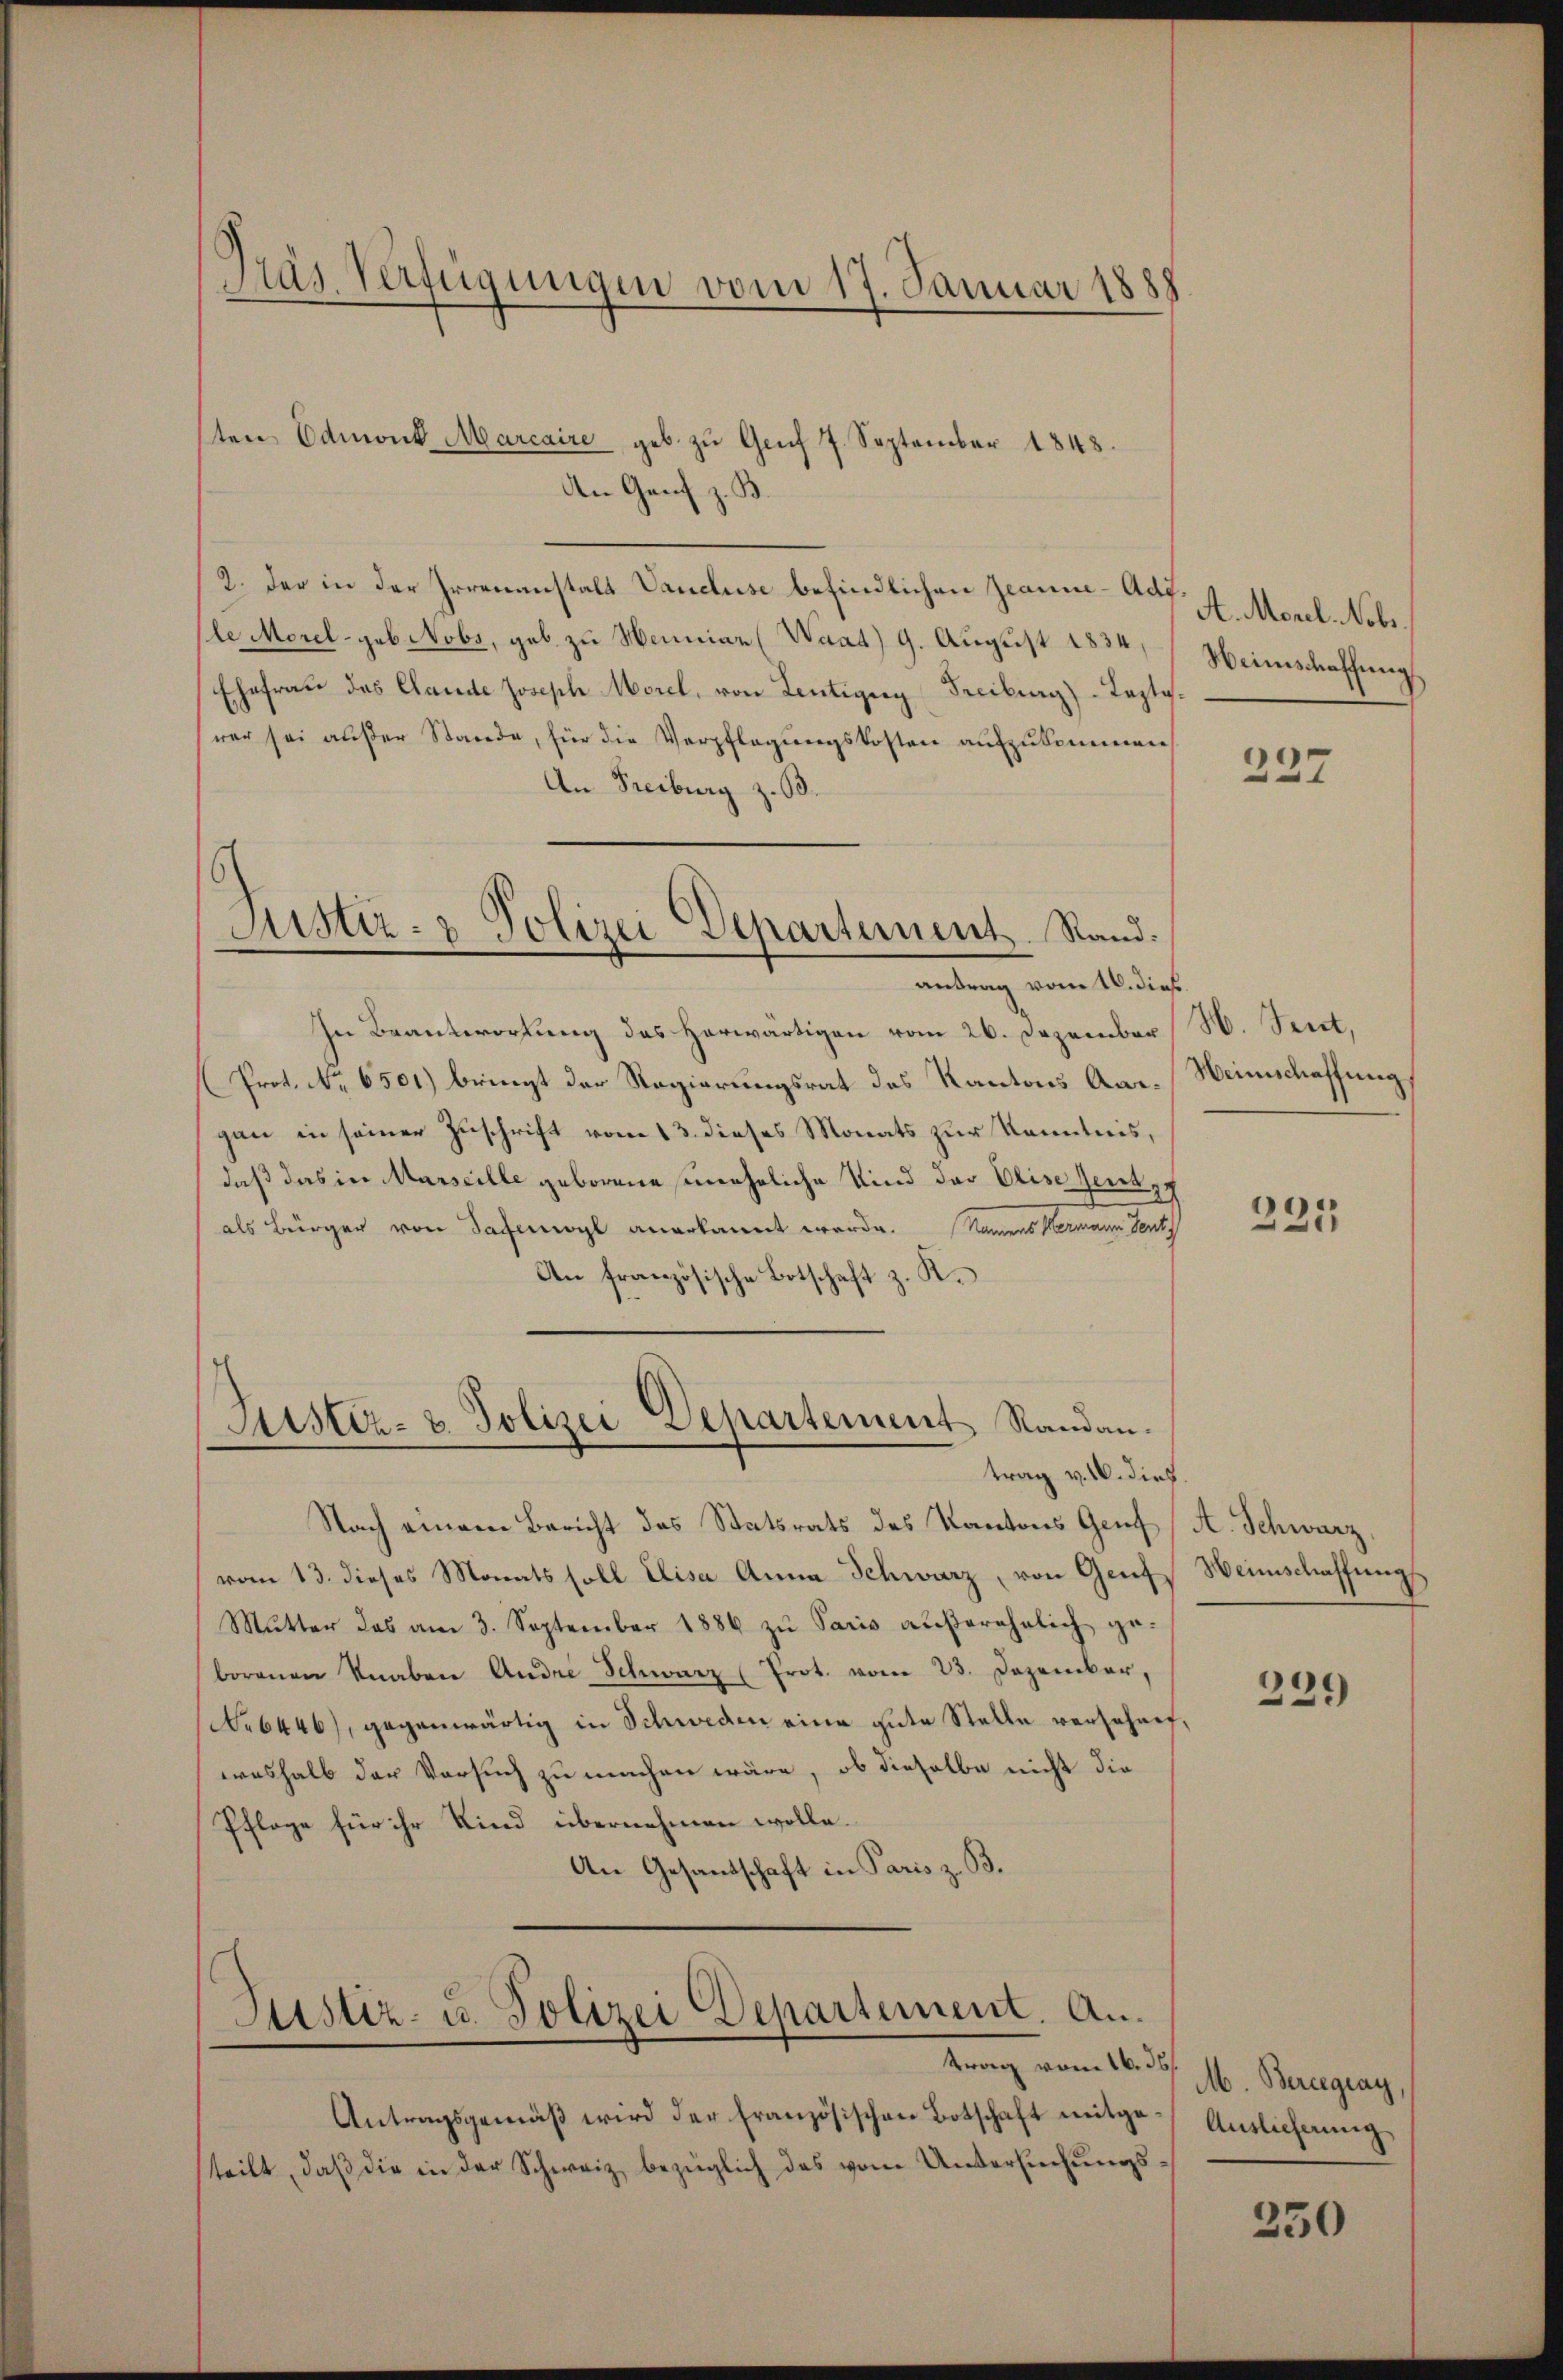
Pras Verfügungen vom 17. Januar 1888

Justiz- & Polizei Departement Randau.
trag v. M. dies.

ten Edmont Marcaire geb. zŭ Grŭf 7. September 1848.
An Genf z. B.
2. Der in der Irrenanstalt Vancluse befindlichen Jeanne-Adt.
le Morel - geb. Nobs, geb. zu Henniar (Waat) 9. August 1834
Ehefrau des Cande Joseph Morel, von Lentigny Freiburg) - Tapte.
rer sei außer Stande, für die Verpflegungskosten aufzukommen
An Freiburg z. B.
Justiz- & Polizei Departement. Rand.
antrag vom 16. dieß
In Beantwortung des herwärtigen vom 26. Dezember. Secet,
Prot. No. 6501.) bringt der Regierungsrat des Kantons Aargan in seiner Zuschrift vom 13. dieses Monats zur Kenntnis,
daß das in Marseille geborene uneheliche Kind der Elise Zeitz
als Bürger von dasel anerkannt werde. Namens Hermann Sent
An französische Botschaft z. K.

Nach einem Bericht des Statsrats des Kantons Genf
vom 13. dieses Monats soll Elisa Anna Schwarz, von Genf
Mŭtter das am 3. September 1886 zŭ Paris aŭβerehelich ge-
borenen Knaben Andre Schwarz (Prot. vom 23. Dezember,
No 6446), gegenwärtig in Schweden eine gute Stelle verschen,
weshalb der Versuch zu machen wäre, ob dieselbe nicht die
Pflage für ihr Kind übernehmen wolle.
An Gesandschaft in Paris z. B.

Justiz- u. Polizei Departement. An
trag vom 16. d. 1. Bereeguay,

Antragsgemäβ wird der Französischen Botschaft mitge-Auslicherŭng
steilt, daß die in der Schweiz bezüglich des vom Untersuchungs¬

A. Morel Nobr.
Weinschaffung

237

Heimschaffung

235

A. Schwarz,
Heimschaffung

229

250